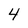
Character: 4